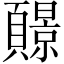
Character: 𫖧